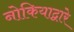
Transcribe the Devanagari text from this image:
नोकियाद्वारे